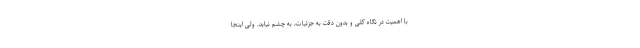
با اهمیت در نگاه کلی و بدون دقت به جزئیات، به چشم نیاید. ولی اینجا